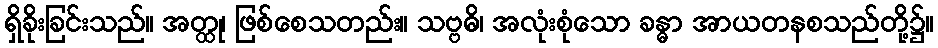
ရှိခိုးခြင်းသည်။ အတ္ထု၊ ဖြစ်စေသတည်း။ သဗ္ဗဓိ၊ အလုံးစုံသော ခန္ဓာ အာယတနစသည်တို့၌။